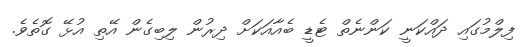
ފިލްމުގައި ދައްކަނީ ކަންނެތް ޓެޑީ ބެއާއަކަށް ދިރުން ލިބިގެން އޭތި އުޅޭ ގޮތެވެ.